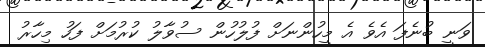
ވަނީ ބުނެފަ އެވެ އެ މީހުންނަށް ފުލުހުން ސުވާލު ކުރުމަށް ފަހު މިހާރު